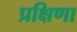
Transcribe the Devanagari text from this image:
प्रक्षिणा